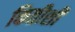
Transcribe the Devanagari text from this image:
कितीशी